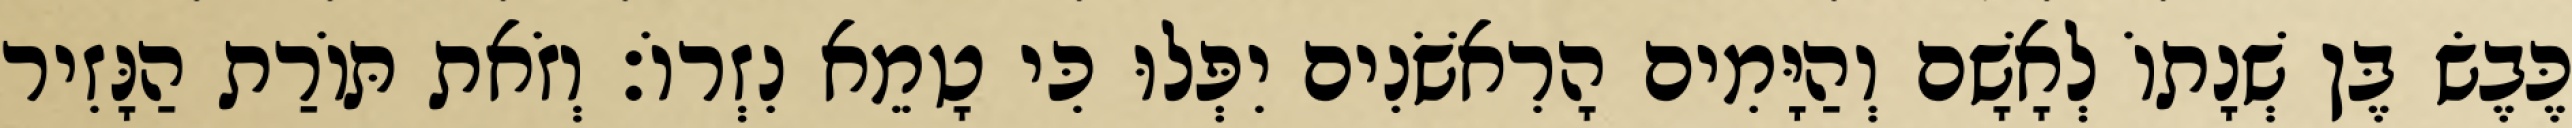
כֶּבֶשׂ בֶּן שְׁנָתוֹ לְאָשָׁם וְהַיָּמִים הָרִאשֹׁנִים יִפְּלוּ כִּי טָמֵא נִזְרוֹ׃ וְזֹאת תּוֹרַת הַנָּזִיר